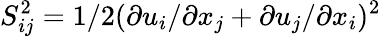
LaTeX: S_{ij}^{2}=1/2(\partial u_{i}/\partial x_{j}+\partial u_{j}/\partial x_{i})^{2}